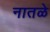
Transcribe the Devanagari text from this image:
नातळे